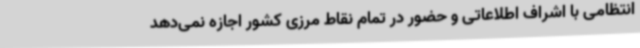
انتظامی با اشراف اطلاعاتی و حضور در تمام نقاط مرزی کشور اجازه نمی‌دهد